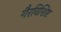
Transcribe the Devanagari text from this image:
गैरविशिष्ट